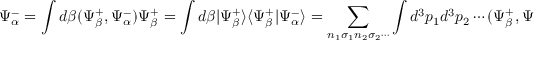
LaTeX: \Psi _ { \alpha } ^ { - } = \int d \beta ( \Psi _ { \beta } ^ { + } , \Psi _ { \alpha } ^ { - } ) \Psi _ { \beta } ^ { + } = \int d \beta | \Psi _ { \beta } ^ { + } \rangle \langle \Psi _ { \beta } ^ { + } | \Psi _ { \alpha } ^ { - } \rangle = \sum _ { n _ { 1 } \sigma _ { 1 } n _ { 2 } \sigma _ { 2 } \cdots } \int d ^ { 3 } p _ { 1 } d ^ { 3 } p _ { 2 } \cdots ( \Psi _ { \beta } ^ { + } , \Psi _ { \alpha } ^ { - } ) \Psi _ { \beta } ^ { + } ,